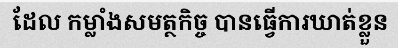
ដែល កម្លាំងសមត្ថកិច្ច បានធ្វើការឃាត់ខ្លួន